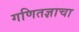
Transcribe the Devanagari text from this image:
गणितज्ञाचा